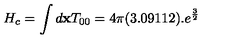
H _ { c } = \int d { \bf x } T _ { 0 0 } = 4 \pi ( 3 . 0 9 1 1 2 ) . e ^ { \frac { 3 } { 2 } }